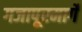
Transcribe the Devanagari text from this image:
गजापूरमार्गे